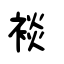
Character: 裧